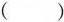
()